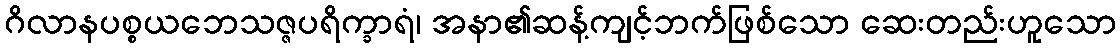
ဂိလာနပစ္စယဘေသဇ္ဇပရိက္ခာရံ၊ အနာ၏ဆန့်ကျင့်ဘက်ဖြစ်သော ဆေးတည်းဟူသော